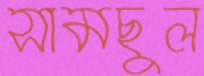
সামছুল